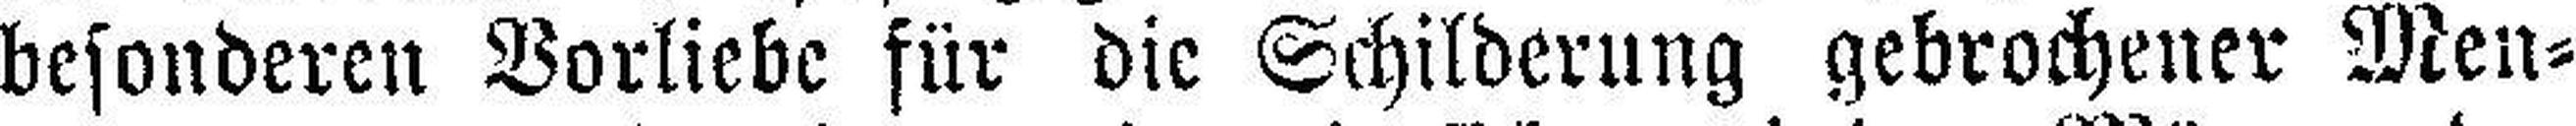
besonderen Vorliebe für die Schilderung gebrochener Men¬